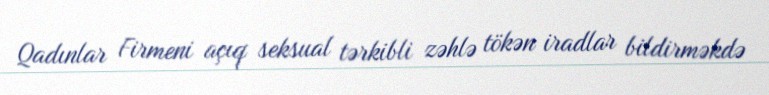
Qadınlar Firmeni açıq seksual tərkibli zəhlə tökən iradlar bildirməkdə